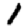
Digit: 1